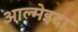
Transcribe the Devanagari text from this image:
आल्मेइदा